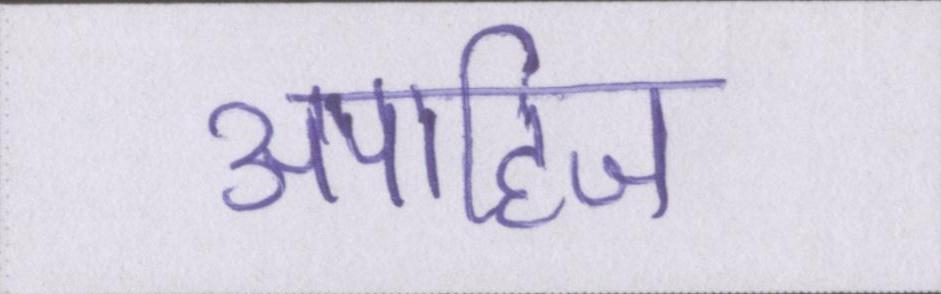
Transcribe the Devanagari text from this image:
अपाहिज